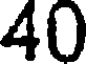
40